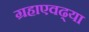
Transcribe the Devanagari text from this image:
ग्रहाएवढ्या